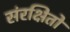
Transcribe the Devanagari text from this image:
संरक्षितो